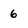
Character: 6